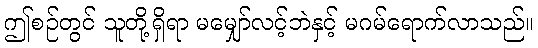
ဤစဉ်တွင် သူတို့ရှိရာ မမျှော်လင့်ဘဲနှင့် မဂမ်ရောက်လာသည်။